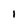
Character: l